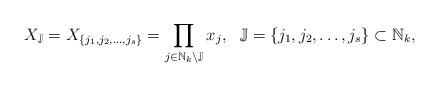
LaTeX: \begin{align*}X_{\mathbb J} = X_{\{j_1,j_2,\ldots , j_s\}} = \prod_{j\in \mathbb N_k\setminus \mathbb J}x_j , \ \ \mathbb J = \{j_1,j_2,\ldots , j_s\}\subset \mathbb N_k,\end{align*}